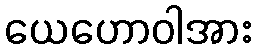
ယေဟောဝါအား